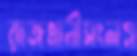
রাজধানীসংলগ্ন